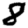
Digit: 8